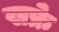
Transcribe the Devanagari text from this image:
खफ्रे